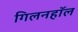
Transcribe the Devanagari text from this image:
गिलनहॉल